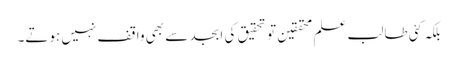
بلکہ کئی طالب علم محققین تو تحقیق کی ابجد سے بھی واقف نہیں ہوتے۔